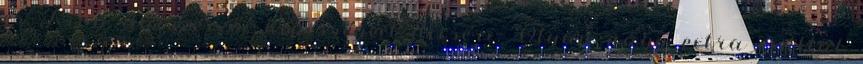
és Ricsi dalszerzői képességeit dicséri. Olyan nagy extra ezúttal